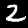
Label: 2